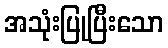
အသုံးပြုပြီးသော